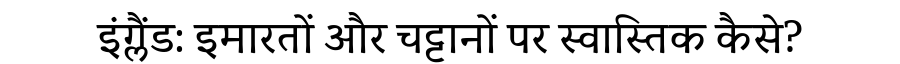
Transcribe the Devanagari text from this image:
इंग्लैंड: इमारतों और चट्टानों पर स्वास्तिक कैसे?